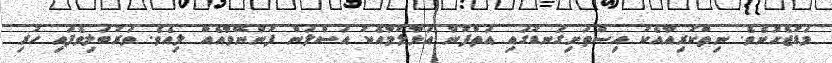
މަޑުޖެހުނެވެ. ނިތްކުރިއާއެކު އިސްތަށިގަނޑުގައި އަތްފުނާ އަޅާލުމާއެކު އަސްލަން ފުންނޭވާއެއް ލިއެވެ. ވަރުބަލިވެފައި ހުރި